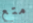
متع